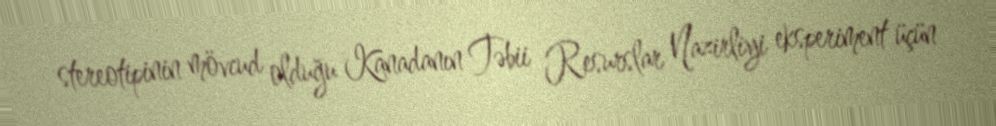
stereotipinin mövcud olduğu Kanadanın Təbii Resurslar Nazirliyi eksperiment üçün